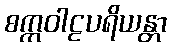
စက္ကဝါဠပရိယန္တာ